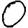
Digit: 0